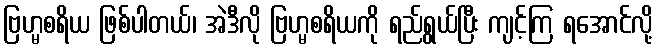
ဗြဟ္မစရိယ ဖြစ်ပါတယ်၊ အဲဒီလို ဗြဟ္မစရိယကို ရည်ရွယ်ပြီး ကျင့်ကြ ရအောင်လို့